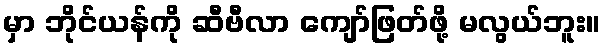
မှာ ဘိုင်ယန်ကို ဆီဗီလာ ကျော်ဖြတ်ဖို့ မလွယ်ဘူး။